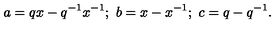
a = q x - q ^ { - 1 } x ^ { - 1 } ; \ b = x - x ^ { - 1 } ; \ c = q - q ^ { - 1 } .